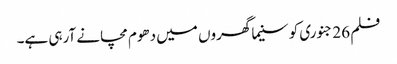
فلم 26 جنوری کو سنیما گھروں میں دھوم مچانے آرہی ہے۔